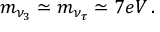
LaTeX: m _ { \nu _ { 3 } } \simeq m _ { \nu _ { \tau } } \simeq 7 e V \, .